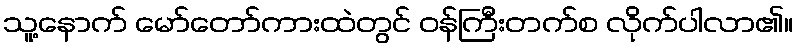
သူ့နောက် မော်တော်ကားထဲတွင် ဝန်ကြီးတက်စ လိုက်ပါလာ၏။